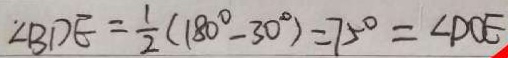
\angle B D E = \frac { 1 } { 2 } ( 1 8 0 ^ { \circ } - 3 0 ^ { \circ } ) = 7 5 ^ { \circ } = \angle D C E